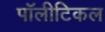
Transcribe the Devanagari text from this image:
पॉलीटिकल